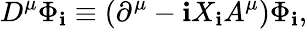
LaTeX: D^{\mu}\Phi_{\mathbf{i}}\equiv(\partial^{\mu}-\mathbf{i}X_{\mathbf{i}}A^{\mu})\Phi_{\mathbf{i}},